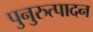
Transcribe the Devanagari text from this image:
पुनुरुत्पादन